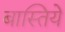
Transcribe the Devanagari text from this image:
बास्तिये